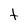
Character: t